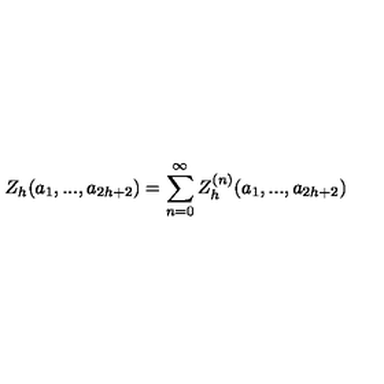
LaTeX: Z _ { h } ( a _ { 1 } , . . . , a _ { 2 h + 2 } ) = \sum _ { n = 0 } ^ { \infty } Z _ { h } ^ { ( n ) } ( a _ { 1 } , . . . , a _ { 2 h + 2 } )